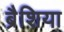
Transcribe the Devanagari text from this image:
ब्रैशिया